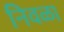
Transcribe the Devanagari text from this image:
निवळा